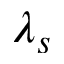
\lambda _ { s }